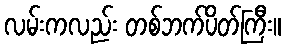
လမ်းကလည်း တစ်ဘက်ပိတ်ကြီး။